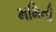
મમિની